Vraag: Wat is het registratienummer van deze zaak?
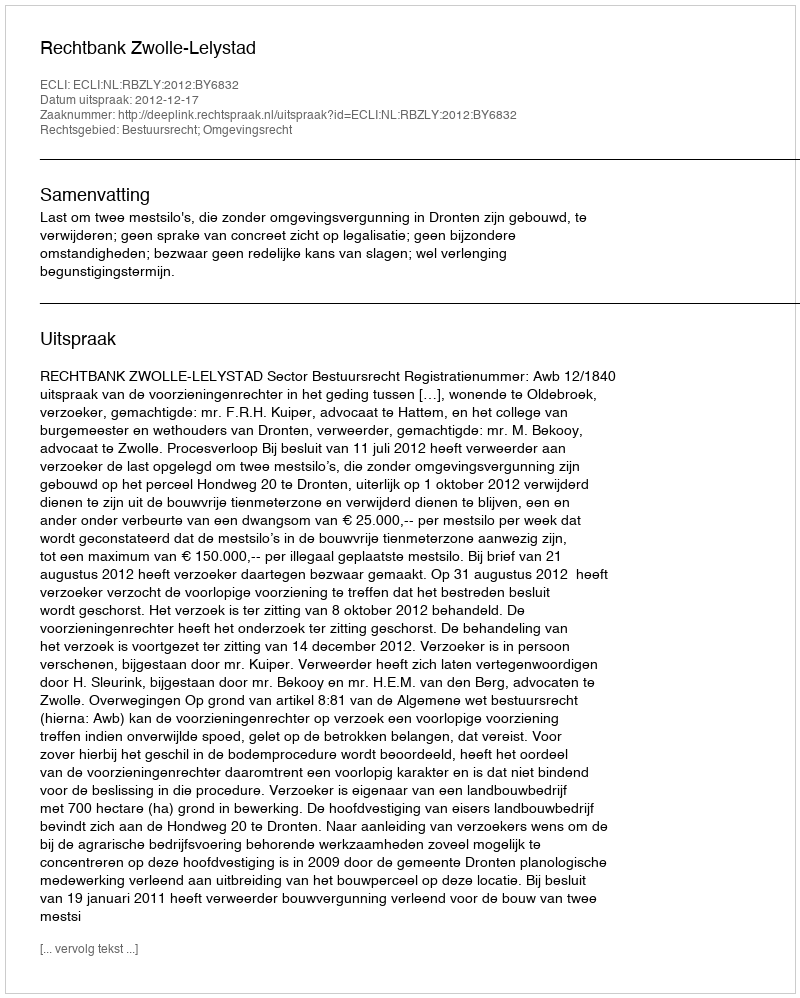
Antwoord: http://deeplink.rechtspraak.nl/uitspraak?id=ECLI:NL:RBZLY:2012:BY6832